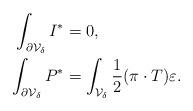
LaTeX: \begin{align*} \int_{\partial\mathcal{V}_\delta}I^\ast&=0,\\ \int_{\partial\mathcal{V}_\delta}P^\ast&=\int_{\mathcal{V}_\delta}\frac{1}{2}(\pi\cdot T)\varepsilon.\end{align*}